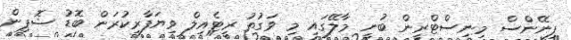
ފިނޭންސް މިނިސްޓްރީން ބުނީ މާލޭގައި މި ވަގުތު ރީޓެއިލް ވިޔަފާރިކުރަން ބޮޑު ޝޮޕިން